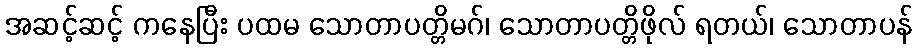
အဆင့်ဆင့် ကနေပြီး ပထမ သောတာပတ္တိမဂ်၊ သောတာပတ္တိဖိုလ် ရတယ်၊ သောတာပန်